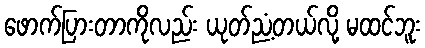
ဖောက်ပြားတာကိုလည်း ယုတ်ညံ့တယ်လို့ မထင်ဘူး